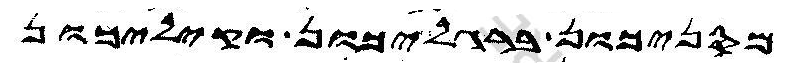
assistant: מסניכון ברגליכון וקיליכון